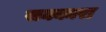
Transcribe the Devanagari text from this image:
सक्कारा